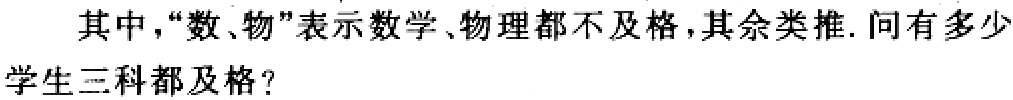
其中，“数、物”表示数学、物理都不及格，其余类推. 问有多少

学生三科都及格？